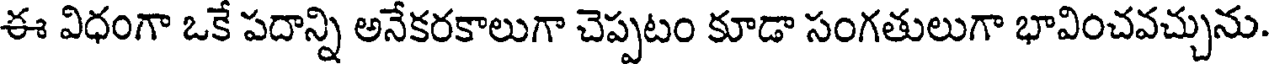
ఈ విధంగా ఒకే పదాన్ని అనేకరకాలుగా చెప్పటం కూడా సంగతులుగా భావించవచ్చును.